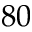
8 0